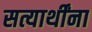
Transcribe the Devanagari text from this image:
सत्यार्थींना